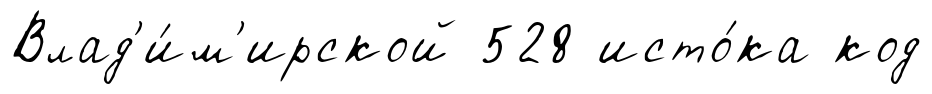
Влад'и́м'ирской 528 исто́ка код